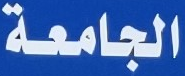
الجامعة